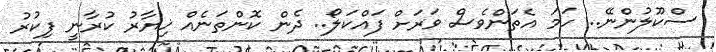
ސްކޫލުންނޭ.. ހަމަ އެތަންވެސް ވަރަށް ފައްކަލޯ.. ދެން ކޮންތަނެއް ޚިޔާރު ކުރާނީ ފިކުރު